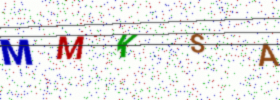
Text: MMKSA